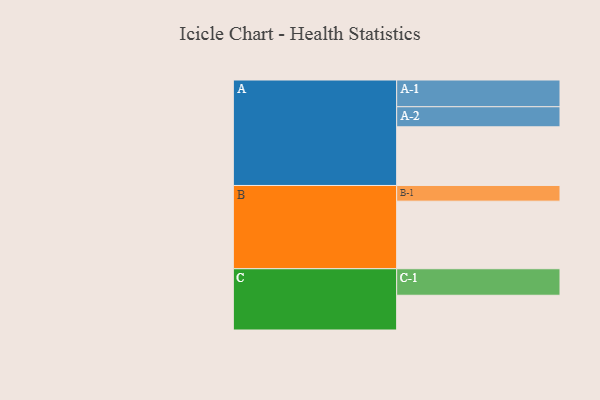
{"axis": {"x": "Segment", "y": "Value"}, "legend": ["", "A", "B", "C"], "data": [{"x": "A", "y": 520, "type": ""}, {"x": "B", "y": 599, "type": ""}, {"x": "C", "y": 308, "type": ""}, {"x": "A-1", "y": 237, "type": "A"}, {"x": "A-2", "y": 178, "type": "A"}, {"x": "B-1", "y": 139, "type": "B"}, {"x": "C-1", "y": 235, "type": "C"}]}